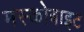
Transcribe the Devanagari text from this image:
मस्कोबाइट